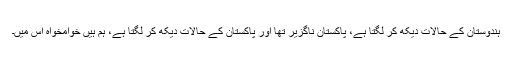
ہندوستان کے حالات دیکھ کر لگتا ہے، پاکستان ناگزیر تھا اور پاکستان کے حالات دیکھ کر لگتا ہے، ہم ہیں خوامخواہ اس میں۔